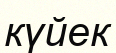
күйек